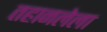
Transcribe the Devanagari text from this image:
तहानलेला